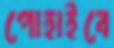
পোহাইবে